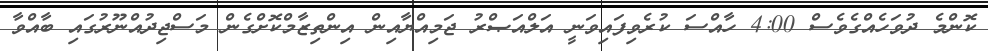
ކޮންމެ ދުވަހެއްގެވެސް 4:00 ހާއްސަ ކުރެވިފައިވަނީ އަލްއަޞްރު ޖަމިއްޔާއިން އިންތިޒާމްކޮށްގެން މަސްޖިދުއްނޫރުގައި ބާއްވާ